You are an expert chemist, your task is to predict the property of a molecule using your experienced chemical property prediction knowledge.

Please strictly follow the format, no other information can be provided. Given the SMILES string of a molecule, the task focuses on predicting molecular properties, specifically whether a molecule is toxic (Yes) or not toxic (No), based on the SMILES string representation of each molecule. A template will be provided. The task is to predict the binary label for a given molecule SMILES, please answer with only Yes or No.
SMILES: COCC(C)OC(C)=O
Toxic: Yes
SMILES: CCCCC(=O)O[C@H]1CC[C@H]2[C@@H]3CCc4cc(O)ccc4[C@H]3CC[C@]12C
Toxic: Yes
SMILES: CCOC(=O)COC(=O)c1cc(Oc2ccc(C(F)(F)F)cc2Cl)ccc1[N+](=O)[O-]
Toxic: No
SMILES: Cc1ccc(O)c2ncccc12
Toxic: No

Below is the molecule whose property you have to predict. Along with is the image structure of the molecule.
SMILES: Cc1nc2ccc(CN(C)c3ccc(C(=O)N[C@@H](CCC(=O)O)C(=O)O)s3)cc2c(=O)[nH]1
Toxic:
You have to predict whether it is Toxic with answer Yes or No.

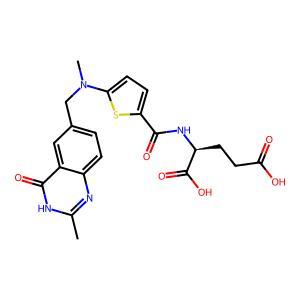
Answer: No